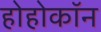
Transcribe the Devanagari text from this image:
होहोकॉन